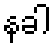
နခါ